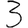
Digit: 3